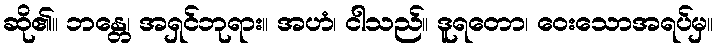
ဆို၏။ ဘန္တေ၊ အရှင်ဘုရား။ အဟံ၊ ငါသည်။ ဒူရတော၊ ဝေးသောအရပ်မှ။